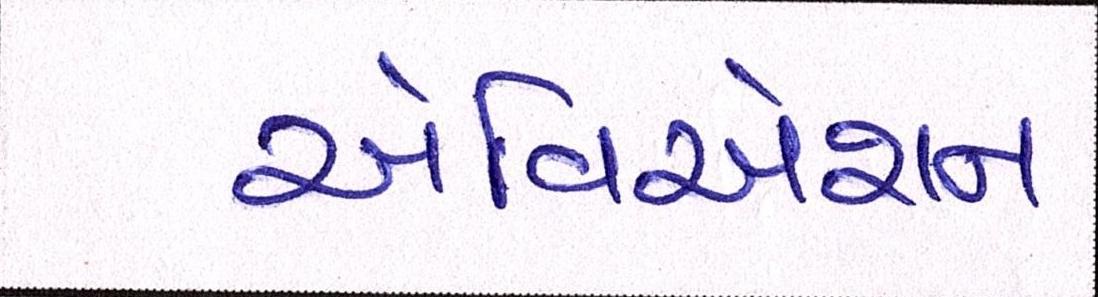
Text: એવિએશન